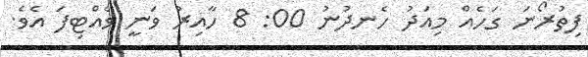
ފިތުރޯނަ ގަހެއް މިއަދު ހެނދުނު 00: 8 ހާއިރު ވަނީ ވެއްޓިފަ އެވެ.